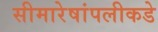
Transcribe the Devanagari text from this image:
सीमारेषांपलीकडे